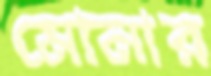
মোনার